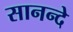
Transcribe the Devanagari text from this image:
सानन्दे